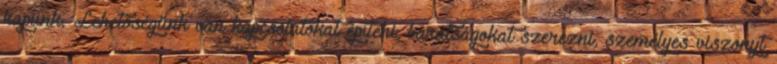
kapunk. Lehetőségünk van kapcsolatokat építeni, barátságokat szerezni, személyes viszonyt